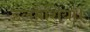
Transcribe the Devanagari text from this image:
डलमैशिया।